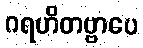
ဂရဟိတဗ္ဗာပေ